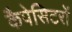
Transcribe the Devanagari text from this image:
कैपेसिटरों